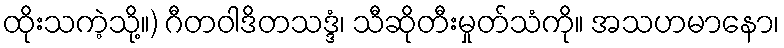
ထိုးသကဲ့သို့။) ဂီတဝါဒိတသဒ္ဒံ၊ သီဆိုတီးမှုတ်သံကို။ အသဟမာနော၊